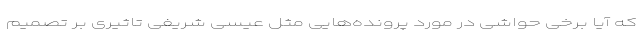
که آیا برخی حواشی در مورد پرونده‌هایی مثل عیسی شریفی تاثیری بر تصمیم